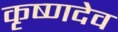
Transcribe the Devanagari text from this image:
कृष्‍णदेव